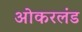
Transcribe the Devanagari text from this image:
ओकरलंड